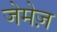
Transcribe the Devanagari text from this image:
जेमेज़